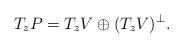
LaTeX: \begin{align*}T_zP=T_z V\oplus (T_zV)\sp\perp.\end{align*}